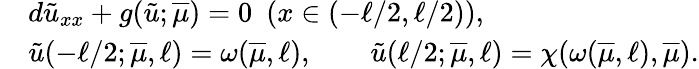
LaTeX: \begin{array}{rl}&{d\tilde{u}_{xx}+g(\tilde{u};\overline{{\mu}})=0~~(x\in(-\ell/2,\ell/2)),}\\ &{\tilde{u}(-\ell/2;\overline{{\mu}},\ell)=\omega(\overline{{\mu}},\ell),\qquad\tilde{u}(\ell/2;\overline{{\mu}},\ell)=\chi(\omega(\overline{{\mu}},\ell),\overline{{\mu}}).}\end{array}